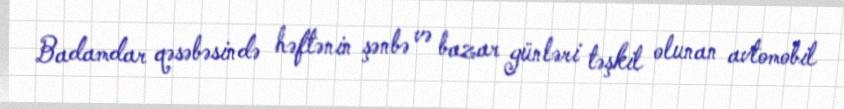
Badamdar qəsəbəsində həftənin şənbə və bazar günləri təşkil olunan avtomobil